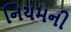
નિયમની